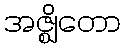
အဇ္ဈိတော